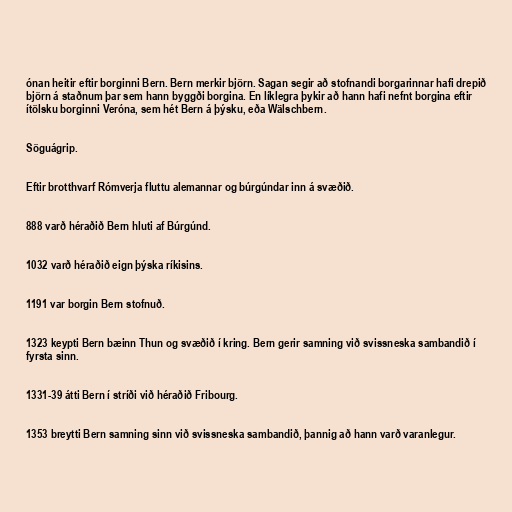
ónan heitir eftir borginni Bern. Bern merkir björn. Sagan segir að stofnandi borgarinnar hafi drepið
björn á staðnum þar sem hann byggði borgina. En líklegra þykir að hann hafi nefnt borgina eftir
ítölsku borginni Veróna, sem hét Bern á þýsku, eða Wälschbern.

Söguágrip.

Eftir brotthvarf Rómverja fluttu alemannar og búrgúndar inn á svæðið.

888 varð héraðið Bern hluti af Búrgúnd.

1032 varð héraðið eign þýska ríkisins.

1191 var borgin Bern stofnuð.

1323 keypti Bern bæinn Thun og svæðið í kring. Bern gerir samning við svissneska sambandið í
fyrsta sinn.

1331-39 átti Bern í stríði við héraðið Fribourg.

1353 breytti Bern samning sinn við svissneska sambandið, þannig að hann varð varanlegur.